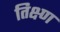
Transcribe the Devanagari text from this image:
तिक्ष्ण